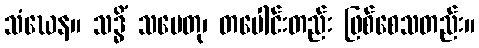
သံဃေန။ သဒ္ဓိံ သမေတု၊ တပေါင်းတည်း ဖြစ်စေသတည်း။